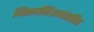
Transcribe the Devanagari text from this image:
निसर्गनियमांसहित